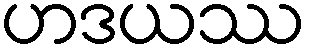
ဟဒယဿ